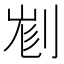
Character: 𠝉